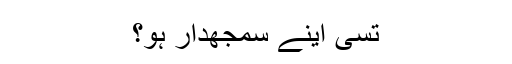
تسی اینے سمجھدار ہو؟